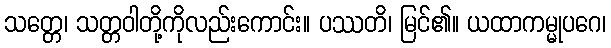
သတ္တေ၊ သတ္တဝါတို့ကိုလည်းကောင်း။ ပဿတိ၊ မြင်၏။ ယထာကမ္မုပဂေ၊